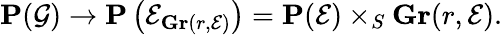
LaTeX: \mathbf{P}({\mathcal{G}})\to\mathbf{P}\left({\mathcal{E}}_{\mathbf{Gr}(r,{\mathcal{E}})}\right)=\mathbf{P}({\mathcal{E}})\times_{S}\mathbf{Gr}(r,{\mathcal{E}}).